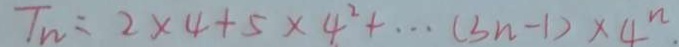
T n = 2 \times 4 + 5 \times 4 ^ { 2 } + \cdots ( 3 n - 1 ) \times 4 ^ { n }